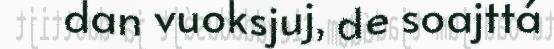
dan vuoksjuj, de soajttá